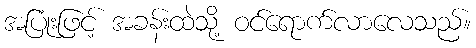
အပြုံးဖြင့် အခန်းထဲသို့ ဝင်ရောက်လာလေသည်။